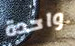
واحدة